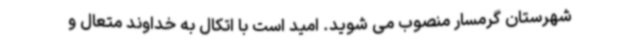
شهرستان گرمسار منصوب می شوید. امید است با اتکال به خداوند متعال و